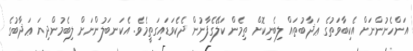
އަންހެނުންނަށް އެކިބާވަތުގެ ޢަޛާބުތައް ލިބެނިކޮށް ތިމެން ކަލޭގެފާނުން ދެކެވަޑައިގަތީމެވެ. އެކަނބަލުންނަށް ލިބެމުންދިޔަ ޢަޛާބުގެ